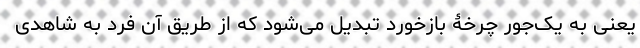
یعنی به یک‌جور چرخۀ بازخورد تبدیل می‌شود که از طریق آن فرد به شاهدی